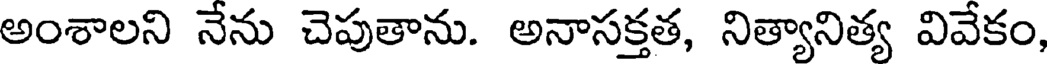
అంశాలని నేను చెపుతాను. అనాసక్తత, నిత్యానిత్య వివేకం,